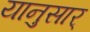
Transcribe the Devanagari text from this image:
यानुसार्